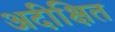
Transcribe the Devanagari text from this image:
अदीक्षित